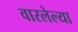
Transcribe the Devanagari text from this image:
वारलेल्या